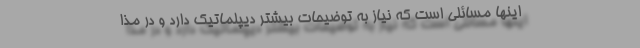
اینها مسائلی است که نیاز به توضیحات بیشتر دیپلماتیک دارد و در مذا